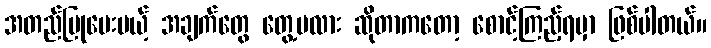
အတည်ပြုပေးမယ့် အချက်တွေ တွေ့မလား ဆိုတာကတော့ စောင့်ကြည့်ရမှာ ဖြစ်ပါတယ်။